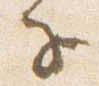
子